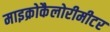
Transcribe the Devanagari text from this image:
माइक्रोकैलोरीमीटर